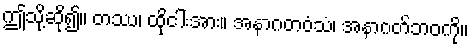
ဤသို့ဆို၍။ တဿ၊ ထိုငါးအား။ အနာဂတဝံသံ၊ အနာဂတ်ဘဝကို။